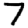
Digit: 7